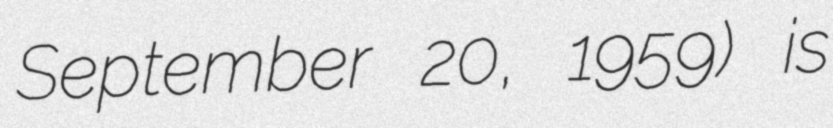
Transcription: September 20, 1959) is